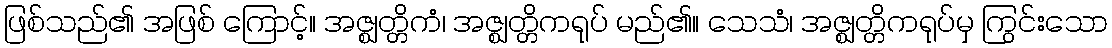
ဖြစ်သည်၏ အဖြစ် ကြောင့်။ အဇ္ဈတ္တိကံ၊ အဇ္ဈတ္တိကရုပ် မည်၏။ သေသံ၊ အဇ္ဈတ္တိကရုပ်မှ ကြွင်းသော